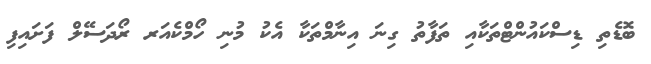
ބޮޑެތި ޑިސްކައުންޓްތަކާއި ތަފާތު ގިނަ އިނާމްތަކާ އެކު މުނި ހޯމްކެއަރ ރޯދަސޭލް ފަށައިފި